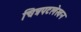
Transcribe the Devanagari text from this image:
चित्रपटलेखन